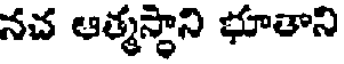
నచ ఆత్మస్థాని భూతాని